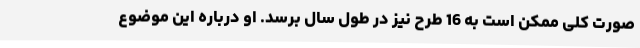
صورت کلی ممکن است به 16 طرح نیز در طول سال برسد. او درباره این موضوع